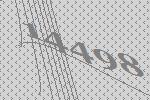
14498